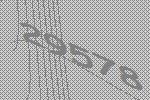
29578